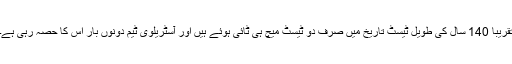
تقریباً 140 سال کی طویل ٹیسٹ تاریخ میں صرف دو ٹیسٹ میچ ہی ٹائی ہوئے ہیں اور آسٹریلوی ٹیم دونوں بار اس کا حصہ رہی ہے۔